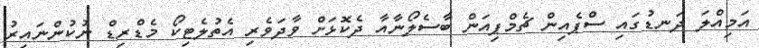
އަމިއްލަ ދަނޑުގައި ސްޕެއިން ޗެމްޕިއަން ބާސެލޯނާއާ ދެކޮޅަށް ވާދަވެރި އެތުލެޓިކޯ މެޑްރިޑް ނުކުންނައިރު